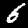
Label: 6